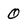
Character: 0